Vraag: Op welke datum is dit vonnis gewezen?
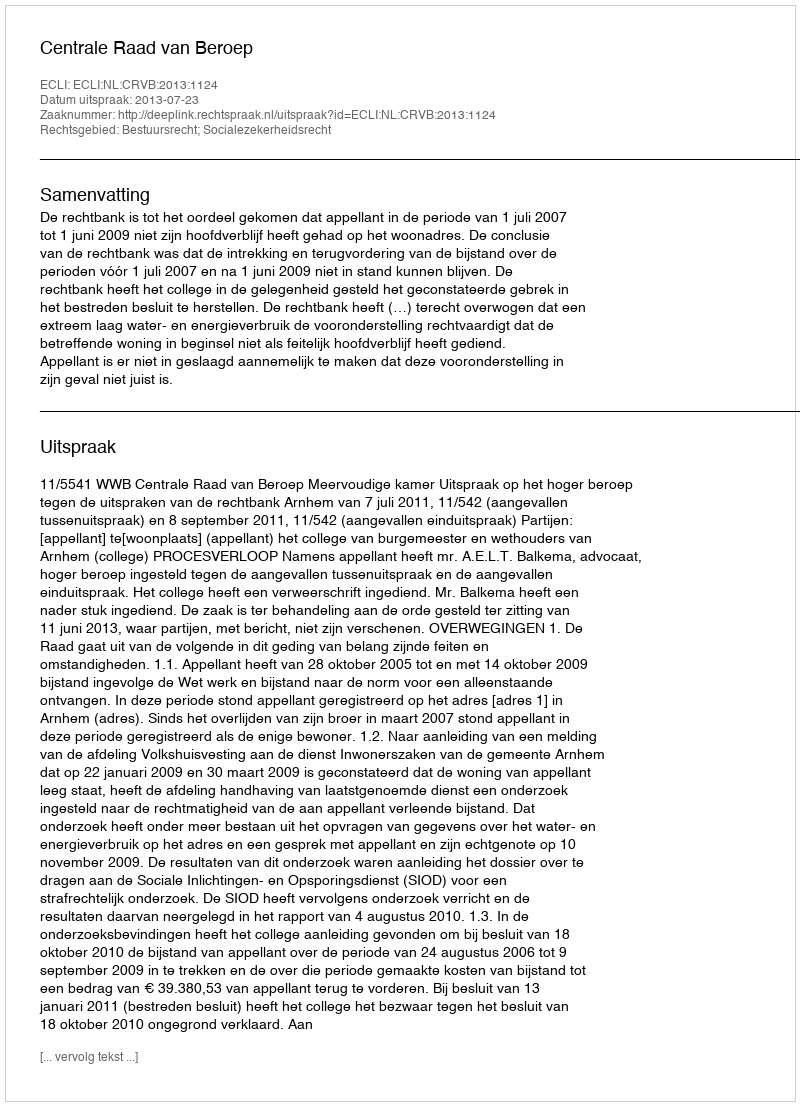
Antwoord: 2013-07-23